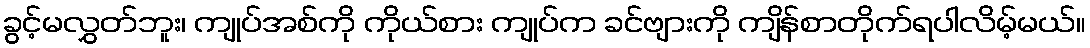
ခွင့်မလွှတ်ဘူး၊ ကျုပ်အစ်ကို ကိုယ်စား ကျုပ်က ခင်ဗျားကို ကျိန်စာတိုက်ရပါလိမ့်မယ်။